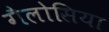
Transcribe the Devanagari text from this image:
गैलोसिया